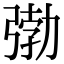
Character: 𭚺